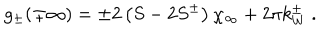
g _ { \pm } ( \mp \infty ) = \pm 2 \left( S - 2 S ^ { \pm } \right) \chi _ { \infty } + 2 \pi k _ { W } ^ { \pm } \: .